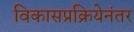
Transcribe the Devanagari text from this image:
विकासप्रक्रियेनंतर